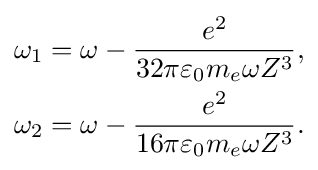
{\begin{aligned}\omega _{1}&=\omega -{e^{2} \over 32\pi \varepsilon _{0}m_{e}\omega Z^{3}},\\\omega _{2}&=\omega -{e^{2} \over 16\pi \varepsilon _{0}m_{e}\omega Z^{3}}.\end{aligned}}